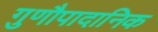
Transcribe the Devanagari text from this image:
गुणौपादानिक